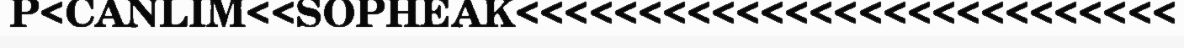
P<CANLIM<<SOPHEAK<<<<<<<<<<<<<<<<<<<<<<<<<<<